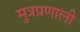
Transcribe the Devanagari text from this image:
मुत्रप्रणाली